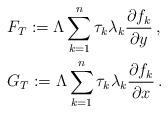
LaTeX: \begin{align*}&F_T:=\Lambda\sum_{k=1}^n\tau_k\lambda_k\frac{\partial f_k}{\partial y}\,,\\&G_T:=\Lambda\sum_{k=1}^n\tau_k\lambda_k\frac{\partial f_k}{\partial x}\,.\end{align*}